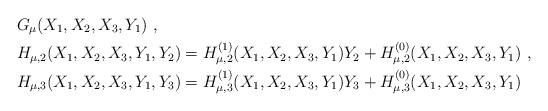
LaTeX: \begin{align*} & G_\mu(X_1,X_2,X_3,Y_1) \ , \\ & H_{\mu,2}(X_1,X_2,X_3,Y_1,Y_2) = H_{\mu,2}^{(1)}(X_1,X_2,X_3,Y_1)Y_2 + H_{\mu,2}^{(0)}(X_1,X_2,X_3,Y_1) \ , \\ & H_{\mu,3}(X_1,X_2,X_3,Y_1,Y_3) = H_{\mu,3}^{(1)}(X_1,X_2,X_3,Y_1)Y_3 + H_{\mu,3}^{(0)}(X_1,X_2,X_3,Y_1) \end{align*}